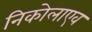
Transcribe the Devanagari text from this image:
निकोलाएव